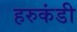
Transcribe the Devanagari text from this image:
हरुकंडी